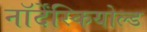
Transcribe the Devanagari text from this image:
नॉर्देंस्कियोल्ड